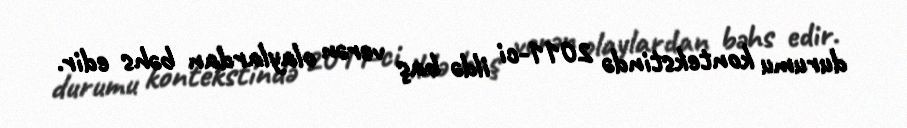
durumu kontekstində 2011-ci ildə baş verən olaylardan bəhs edir.